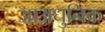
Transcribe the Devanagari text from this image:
आअधुनिक